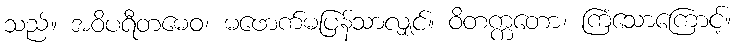
သည်။ အဝိပရီတမေဝ၊ မဖောက်မပြန်သာလျှင်။ ဝိတက္ကတော၊ ကြံသောကြောင့်။